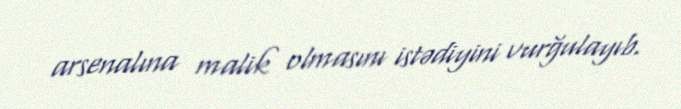
arsenalına malik olmasını istədiyini vurğulayıb.